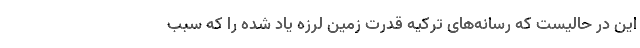
این در حالیست که رسانه‌های ترکیه قدرت زمین لرزه یاد شده را که سبب